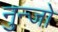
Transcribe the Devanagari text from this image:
नुन्जो